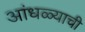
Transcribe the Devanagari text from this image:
आंधळ्याची